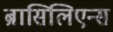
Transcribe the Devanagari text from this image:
ब्रासिलिएन्स